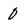
Character: 0